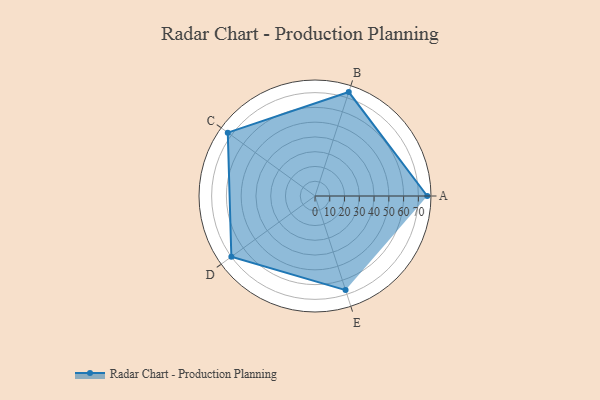
{"axis": {"x": "Skill", "y": "Score"}, "legend": ["Profile"], "data": [{"x": "A", "y": 76.0, "type": "Profile"}, {"x": "B", "y": 74.0, "type": "Profile"}, {"x": "C", "y": 73.0, "type": "Profile"}, {"x": "D", "y": 70.0, "type": "Profile"}, {"x": "E", "y": 67.0, "type": "Profile"}]}